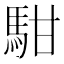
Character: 𩢨